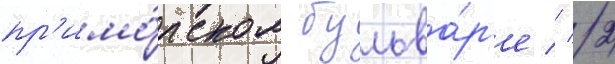
пр'имо́рском бульва́р'е // 2